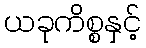
ယခုကိစ္စနှင့်